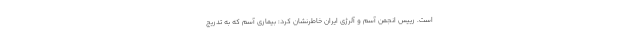
است. رییس انجمن آسم و آلرژی ایران خاطرنشان کرد: بیماری آسم که به تدریج